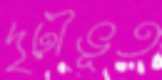
দৃঢ়ীভূত